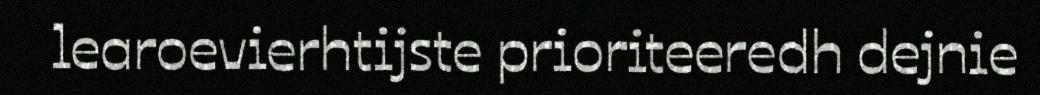
learoevierhtijste prioriteeredh dejnie